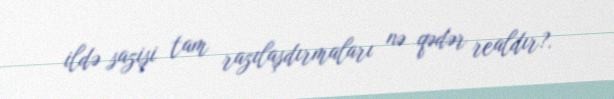
ildə sazişi tam razılaşdırmaları nə qədər realdır?.